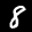
Label: 8